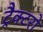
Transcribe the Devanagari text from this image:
ट्रैक्टरो